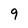
Character: 9